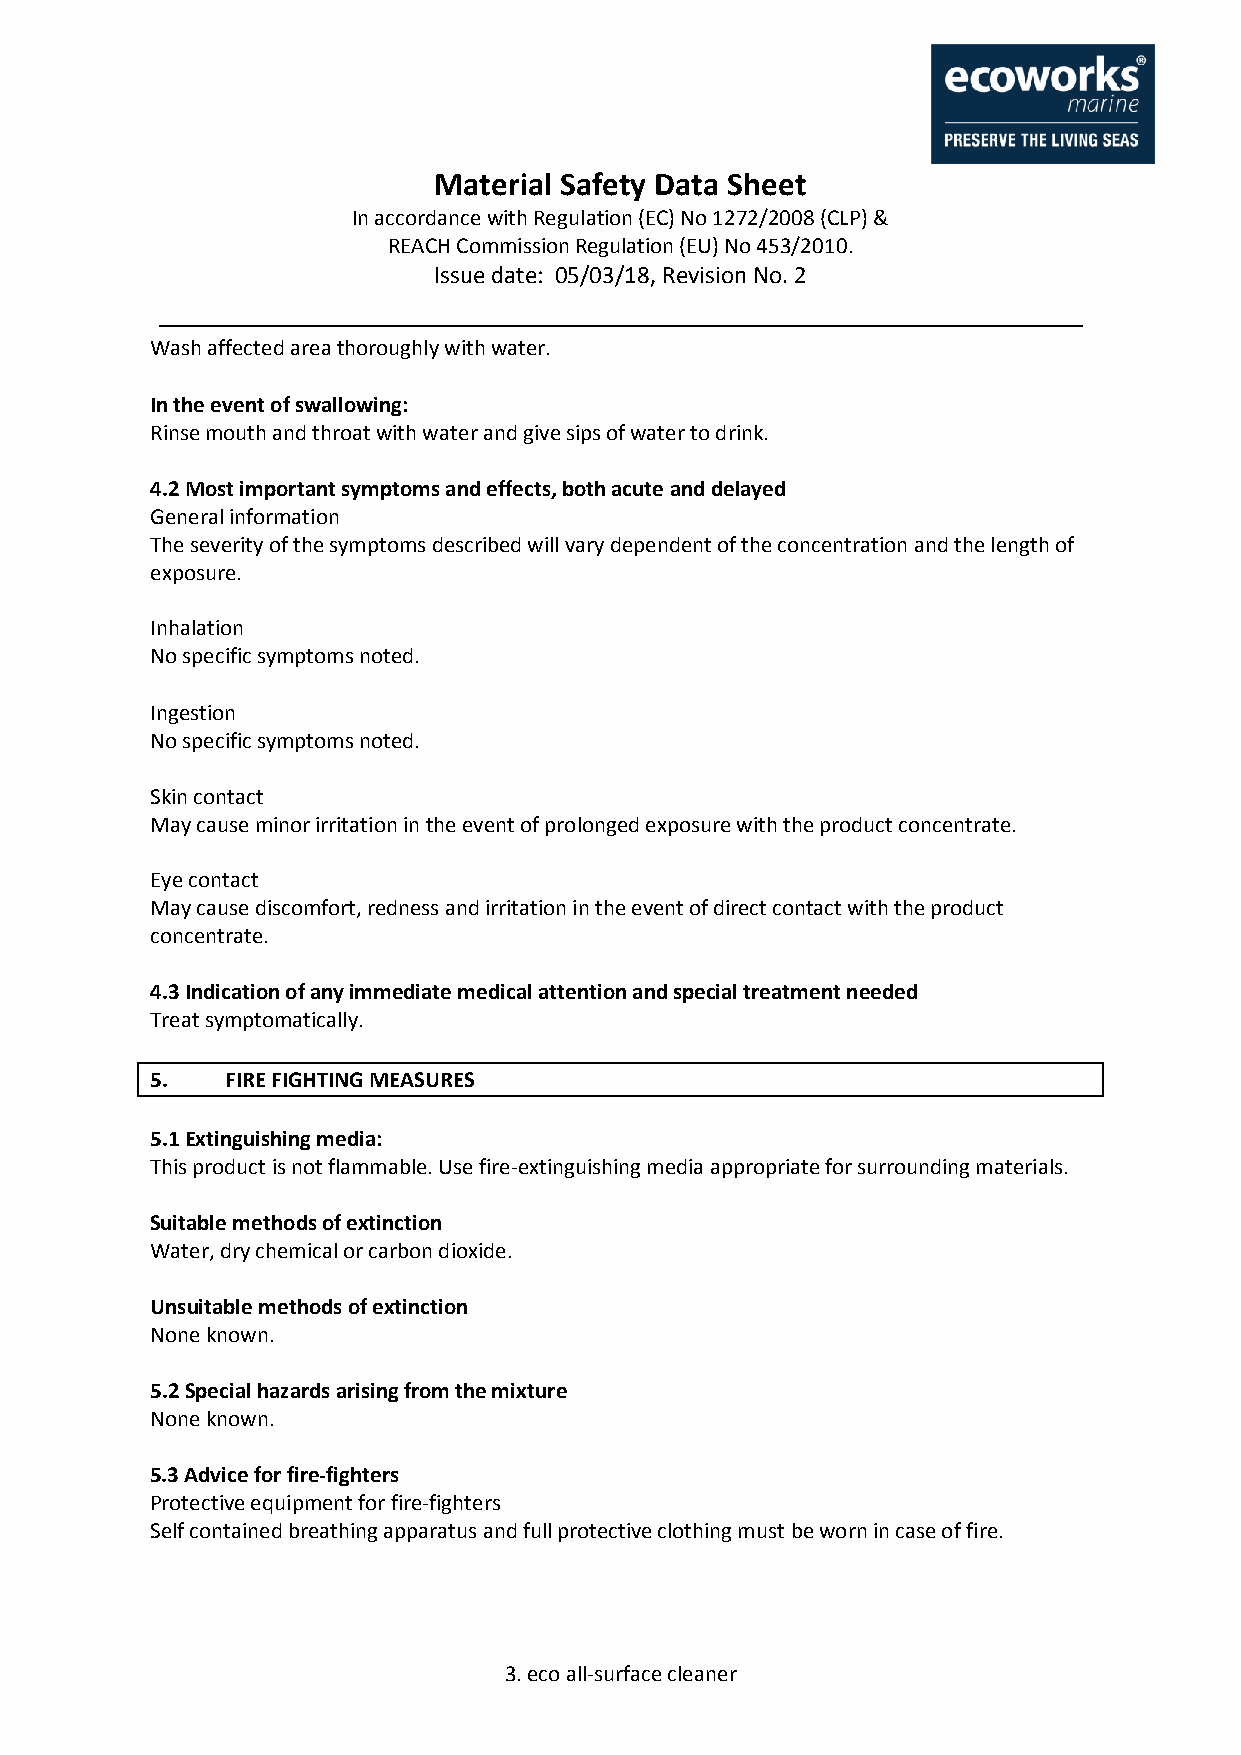
Material Safety Data Sheet
 In accordance with Regulation (EC) No 1272/2008 (CLP) &
 REACH Commission Regulation (EU) No 453/2010.
 Issue date: 05/03/18, Revision No. 2
 Wash affected area thoroughly with water.
 In the event of swallowing:
 Rinse mouth and throat with water and give sips of water to drink.
 4.2 Most important symptoms and effects, both acute and delayed
 General information
 The severity of the symptoms described will vary dependent of the concentration and the length of
 exposure.
 Inhalation
 No specific symptoms noted.
 Ingestion
 No specific symptoms noted.
 Skin contact
 May cause minor irritation in the event of prolonged exposure with the product concentrate.
 Eye contact
 May cause discomfort, redness and irritation in the event of direct contact with the product
 concentrate.
 4.3 Indication of any immediate medical attention and special treatment needed
 Treat symptomatically.
 5.   FIRE FIGHTING MEASURES
 5.1 Extinguishing media:
 This product is not flammable. Use fire-extinguishing media appropriate for surrounding materials.
 Suitable methods of extinction
 Water, dry chemical or carbon dioxide.
 Unsuitable methods of extinction
 None known.
 5.2 Special hazards arising from the mixture
 None known.
 5.3 Advice for fire-fighters
 Protective equipment for fire-fighters
 Self contained breathing apparatus and full protective clothing must be worn in case of fire.
 3. eco all-surface cleaner